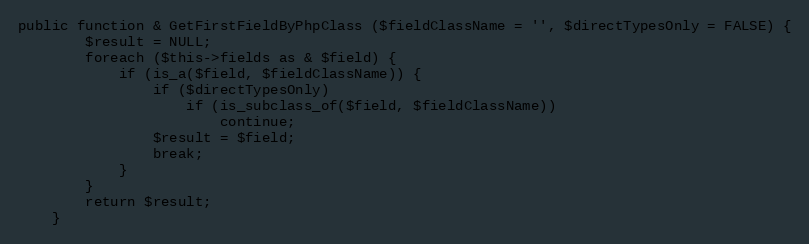
Language: PHP
public function & GetFirstFieldByPhpClass ($fieldClassName = '', $directTypesOnly = FALSE) {
		$result = NULL;
		foreach ($this->fields as & $field) {
			if (is_a($field, $fieldClassName)) {
				if ($directTypesOnly)
					if (is_subclass_of($field, $fieldClassName))
						continue;
				$result = $field;
				break;
			}
		}
		return $result;
	}